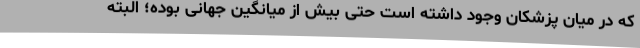
که در میان پزشکان وجود داشته است حتی بیش از میانگین جهانی بوده؛ البته